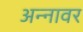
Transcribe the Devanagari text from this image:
अन्‍नावर